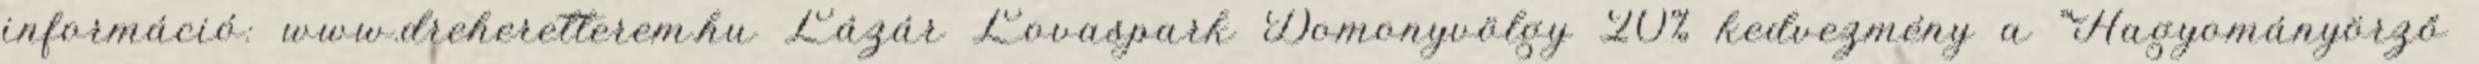
információ: www.dreheretterem.hu Lázár Lovaspark Domonyvölgy 20% kedvezmény a "Hagyományörző